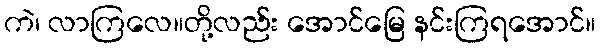
ကဲ၊ လာကြလေ။တို့လည်း အောင်မြေ နင်းကြရအောင်။